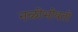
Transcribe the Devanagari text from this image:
नळीभोवती